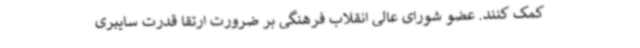
کمک کنند. عضو شورای عالی انقلاب فرهنگی بر ضرورت ارتقا قدرت سایبری